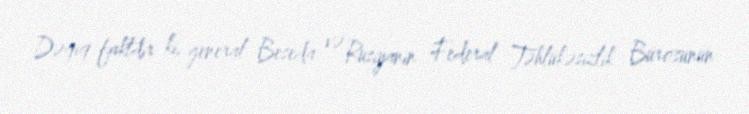
Dəqiq faktdır ki, general Beseda və Rusiyanın Federal Təhlükəsizlik Bürosunun